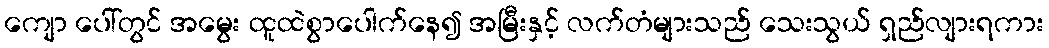
ကျော ပေါ်တွင် အမွေး ထူထဲစွာပေါက်နေ၍ အမြီးနှင့် လက်တံများသည် သေးသွယ် ရှည်လျားရကား